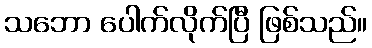
သဘော ပေါက်လိုက်ပြီ ဖြစ်သည်။